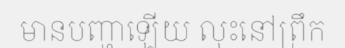
មានបញ្ហាឡើយ លុះនៅព្រឹក